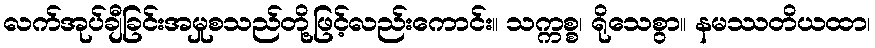
လက်အုပ်ချီခြင်းအမှုစသည်တို့ဖြင့်လည်းကောင်း။ သက္ကစ္စ၊ ရိုသေစွာ။ နမဿတိယထာ၊